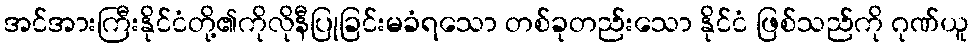
အင်အားကြီးနိုင်ငံတို့၏ကိုလိုနီပြုခြင်းမခံရသော တစ်ခုတည်းသော နိုင်ငံ ဖြစ်သည်ကို ဂုဏ်ယူ